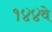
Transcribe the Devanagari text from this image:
१४४वे